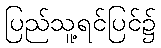
ပြည်သူ့ရင်ပြင်၌